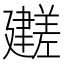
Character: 𫸕